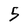
Character: 5